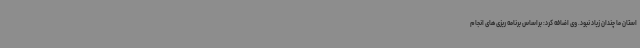
استان ما چندان زیاد نبود. وی اضافه کرد: براساس برنامه ریزی های انجام